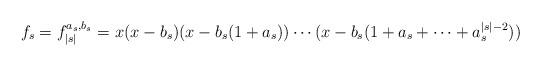
LaTeX: \begin{align*}f_s=f_{|s|}^{a_s,b_s}=x(x-b_s)(x-b_s(1+a_s))\cdots (x-b_s(1+a_s+\cdots+a_s^{|s|-2})) \end{align*}